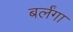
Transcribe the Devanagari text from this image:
बर्लंगा